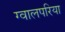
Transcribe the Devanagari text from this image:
ग्वालपरिया